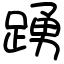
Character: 踴